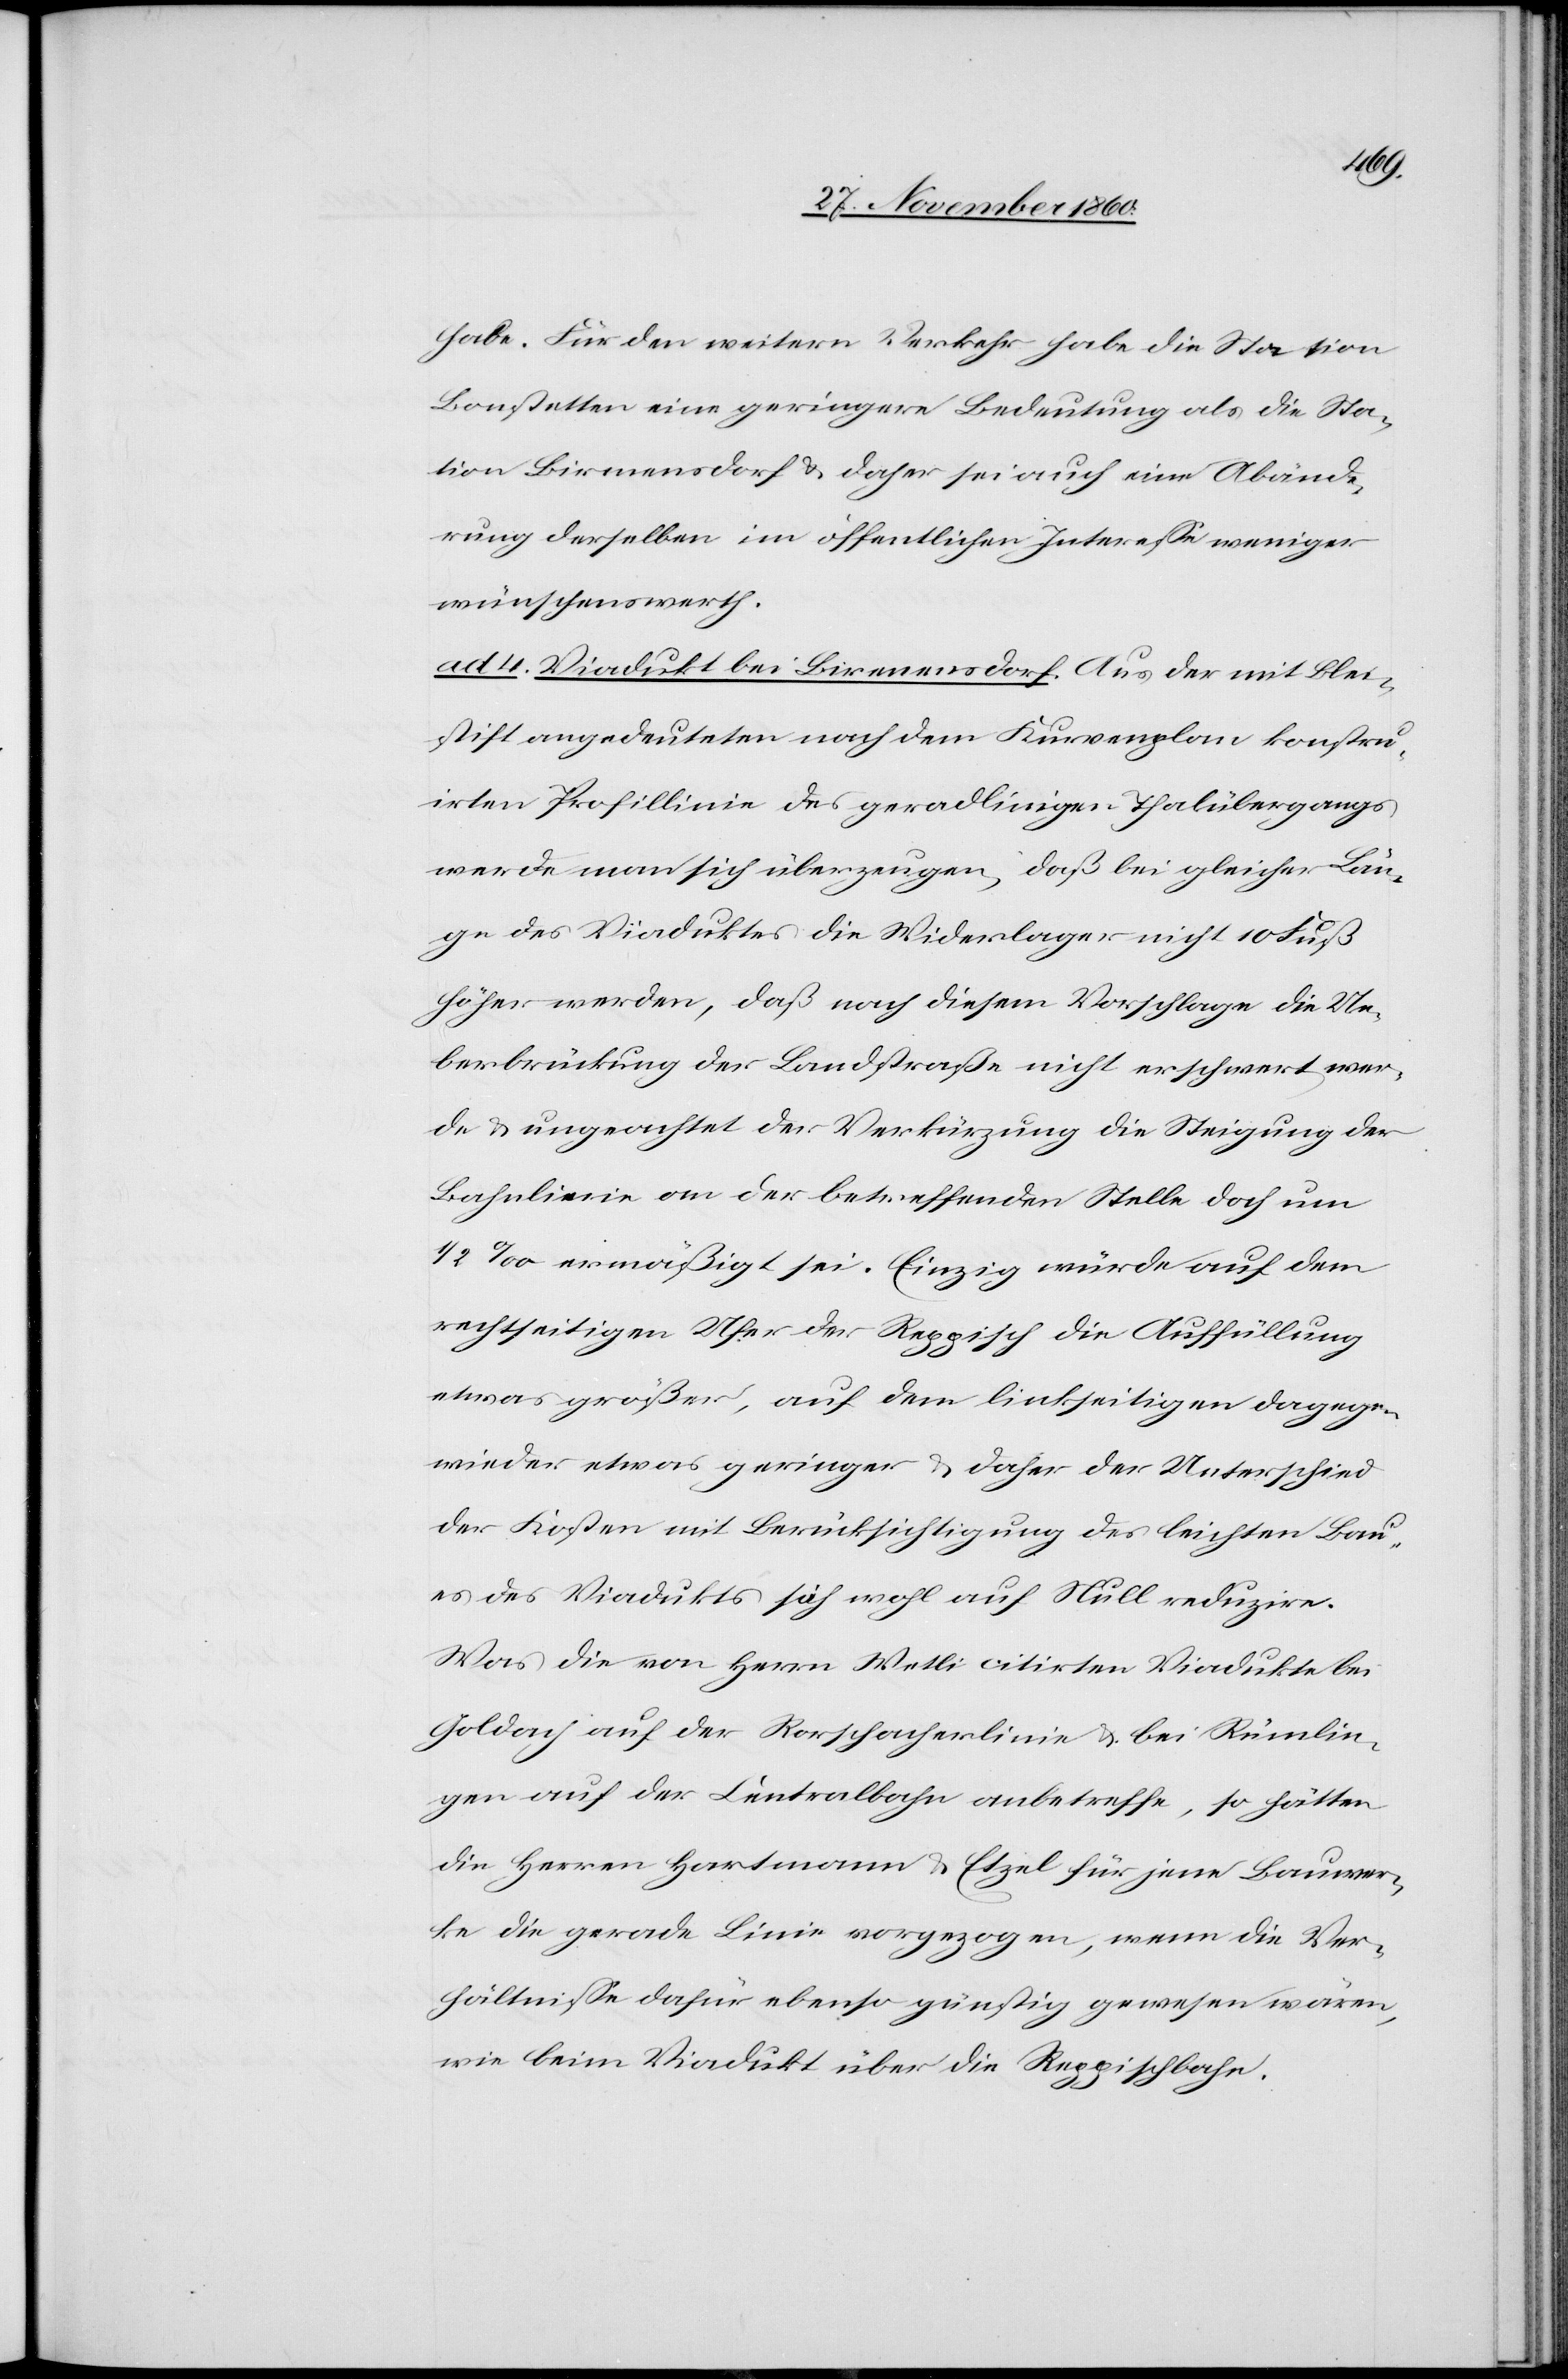
habe. Für den weitern Verkehr habe die Station
Bonstetten eine geringere Bedeutung als die Sta¬
tion Birmensdorf u. daher sei auch eine Abände¬
rung derselben im öffentlichen Interesse weniger
wünschenswerth.
ad 4. Viadukt bei Birmensdorf. Aus der mit Blei¬
stift angedeuteten nach dem Kurvenplan konstru¬
irten Profillinie des geradlinigen Thalübergangs
werde man sich überzeugen, daß bei gleicher Län¬
ge des Viaduktes die Widerleger nicht 10 Fuß
höher werden, daß nach diesem Vorschlage die Ue¬
berbrückung der Landstraße nicht erschwert wer¬
de u. ungeachtet der Verkürzung die Steigung der
Bahnlinie an der betreffenden Stelle doch um
1/2‰ ermäßigt sei. Einzig würde auf dem
rechtseitigen Ufer der Reppisch die Auffüllung
etwas größer, auf dem linkseitigen dagegen
wieder etwas geringer u. daher der Unterschied
der Kosten mit Berücksichtigung des leichten Bau¬
es des Viadukts sich wohl auf Null reduzire.
Was die von Herrn Wetli citirten Viadukte bei
Goldach auf der Rorschacherlinie u. bei Rümlin¬
gen auf der Centralbahn anbetreffe, so hätten
die Herren Hartmann u. Etzel für jene Bauwer¬
ke die gerade Linie vorgezogen, wenn die Ver¬
hältnisse dafür ebenso günstig gewesen wären,
wie beim Viadukt über die Reppischbahn.